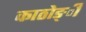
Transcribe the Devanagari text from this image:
काठोङ्ी